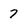
Character: 7